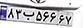
۸۳ب۵۶۶۶۷